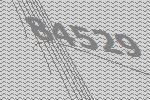
84529